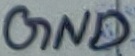
Text: GND